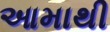
આમાથી